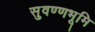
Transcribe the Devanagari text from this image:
सुवण्णभूमि